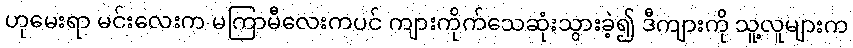
ဟုမေးရာ မင်းလေးက မကြာမီလေးကပင် ကျားကိုက်သေဆုံးသွားခဲ့၍ ဒီကျားကို သူ့လူများက